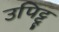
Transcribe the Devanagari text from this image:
उपिट्टू